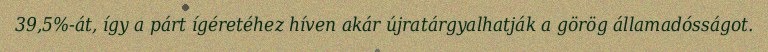
39,5%-át, így a párt ígéretéhez híven akár újratárgyalhatják a görög államadósságot.